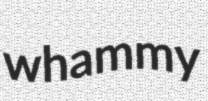
whammy